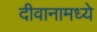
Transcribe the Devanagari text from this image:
दीवानामध्ये